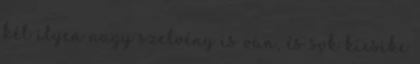
két ilyen nagy szelvény is van, és sok kicsike